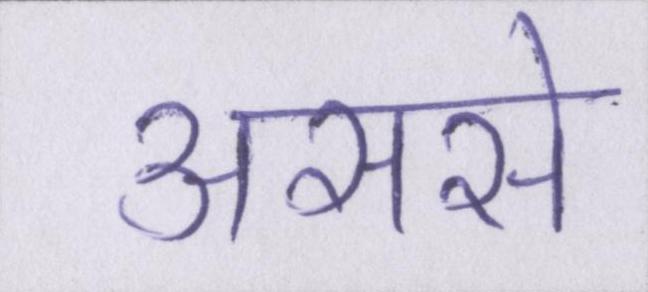
अरसे